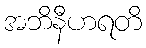
အဘိနီဟရတိ